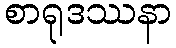
စာရုဒဿနာ